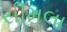
સીમલા